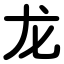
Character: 龙